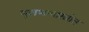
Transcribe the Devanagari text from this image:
मूलभाषास्त्रोत